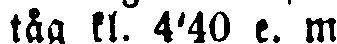
tåg kl. 4'40 e. m.